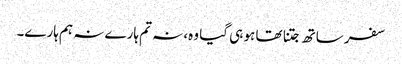
سفر ساتھ جتنا تھا ہو ہی گیا وہ، نہ تم ہارے نہ ہم ہارے۔